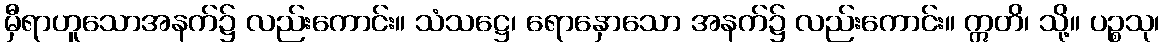
မှီရာဟူသောအနက်၌ လည်းကောင်း။ သံသဋ္ဌေ၊ ရောနှောသော အနက်၌ လည်းကောင်း။ ဣတိ၊ သို့။ ပဉ္စသု၊